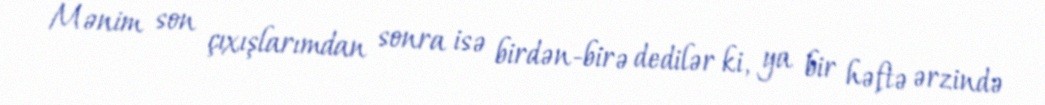
Mənim son çıxışlarımdan sonra isə birdən-birə dedilər ki, ya bir həftə ərzində